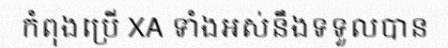
កំពុងប្រើ XA ទាំងអស់នឹងទទួលបាន